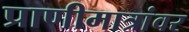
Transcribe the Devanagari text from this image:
प्राणीमात्रांवर